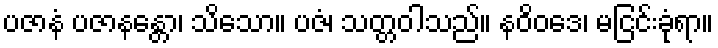
ပဇာနံ ပဇာနန္တော၊ သိသော။ ပဇံ၊ သတ္တဝါသည်။ နဝိဝဒေ၊ မငြင်းခုံရာ။